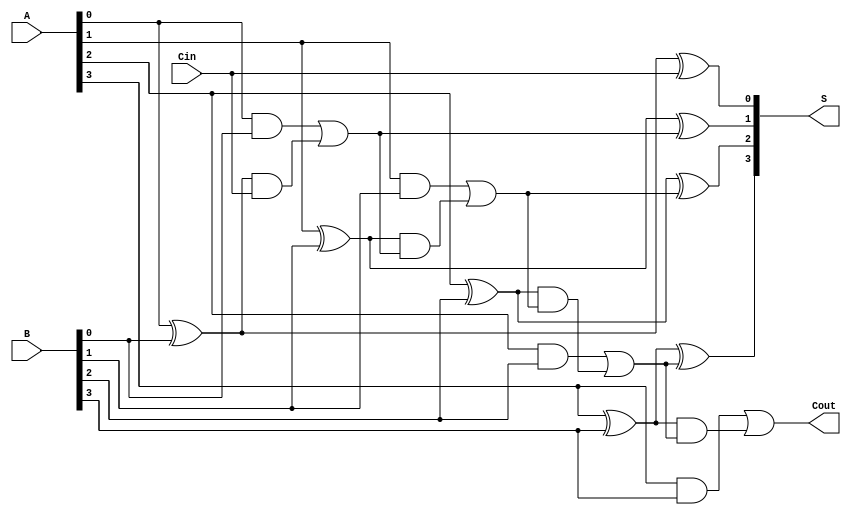
module RCLA #(parameter n = 4) (
    input [n-1:0] A,        // First n-bit input
    input [n-1:0] B,        // Second n-bit input
    input Cin,              // Carry-in
    output [n-1:0] S,       // Sum output
    output Cout             // Carry-out
);

    wire [n-1:0] G;         // Generate signals
    wire [n-1:0] P;         // Propagate signals
    wire [n:0] C;           // Carry signals, C[n] is Cout

    // Generate and Propagate calculations
    genvar i;
    generate
        for (i = 0; i < n; i = i + 1) begin : gen_prop
            assign G[i] = A[i] & B[i];        // Generate: Gi = Ai & Bi
            assign P[i] = A[i] ^ B[i];        // Propagate: Pi = Ai ^ Bi
        end
    endgenerate

    // Carry calculations
    assign C[0] = Cin;                            // C0 = Cin
    generate
        for (i = 0; i < n; i = i + 1) begin : carry_calc
            if (i == 0) begin
                assign C[i + 1] = G[i] | (P[i] & C[i]); // C1 = G0 + (P0 & C0)
            end else begin
                assign C[i + 1] = G[i] | (P[i] & C[i]); // Ci = Gi + (Pi & Ci-1)
            end
        end
    endgenerate

    // Sum calculations
    generate
        for (i = 0; i < n; i = i + 1) begin : sum_calc
            assign S[i] = P[i] ^ C[i];            // Si = Pi ^ Ci
        end
    endgenerate

    // Final carry-out
    assign Cout = C[n];                          // Cout = Cn

endmodule